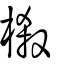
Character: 樧